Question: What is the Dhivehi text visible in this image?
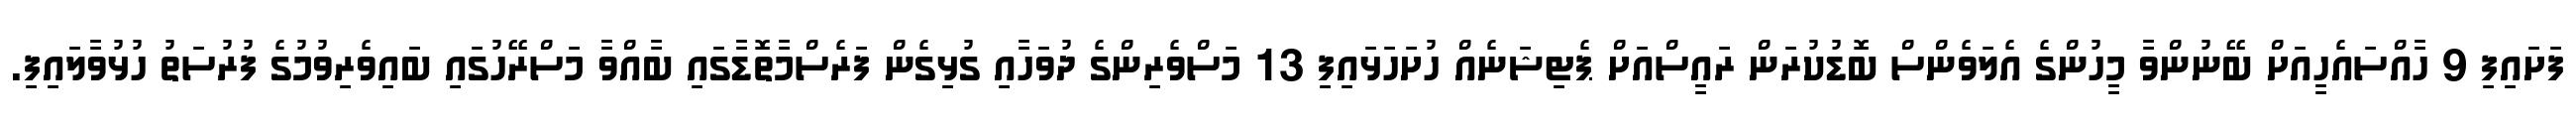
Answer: ފަށައިފި 9 ހާއްސައެހީއަށް ބޭނުންވާ މީހުންގެ އެލަވެންސް ބޮޑުކުރަން ރައީސްއަށް ޕެޓިޝަނެއް ހުށަހަޅައިފި 13 މަސްވެރިންގެ ދުވަހާއި ގުޅިގެން ފަރެސްމާތޮޑާގައި ބާއްވާ މަސްރޭހުގައި ބައިވެރިވުމުގެ ފުރުސަތު ހުޅުވާލައިފި.